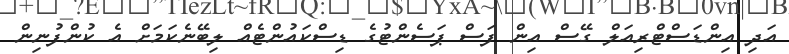
އަދި އިންޑަސްޓްރިއަލް ގޭސް އިން ފަސް ޕަސެންޓުގެ ޑިސްކައުންޓެއް ލިބޭނެކަމަށް އެ ކުންފުނިން